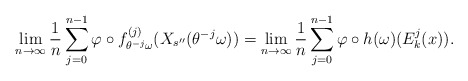
\begin{align*}\lim _{n\to \infty} \frac{1}{n} \sum ^{n-1} _{j=0} \varphi \circ f_{\theta ^{-j} \omega} ^{(j)} (X_{s^{\prime \prime}}(\theta ^{-j}\omega)) =\lim _{n\to \infty} \frac{1}{n} \sum ^{n-1} _{j=0} \varphi \circ h(\omega) (E_k^j (x)) .\end{align*}